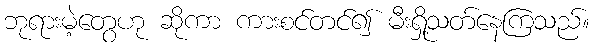
ဘုရားမဲ့တွေဟု ဆိုကာ ကားစင်တင်၍ မီးရှို့သတ်နေကြသည်။